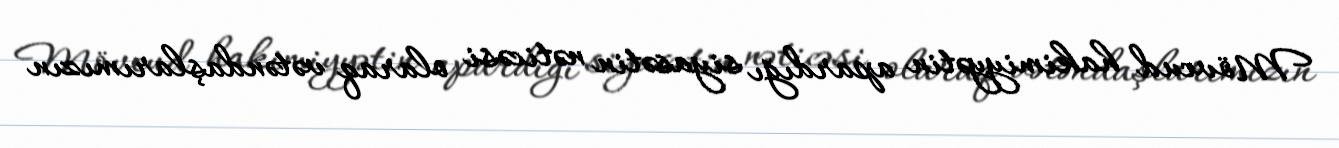
Mövcud hakimiyyətin apardığı siyasətin nəticəsi olaraq vətəndaşlarımızın